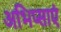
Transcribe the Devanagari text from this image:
अभिप्साएं